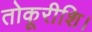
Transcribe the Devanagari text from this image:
तोकूरीशि।